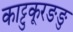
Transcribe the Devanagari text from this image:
काट्टुकूरङङु